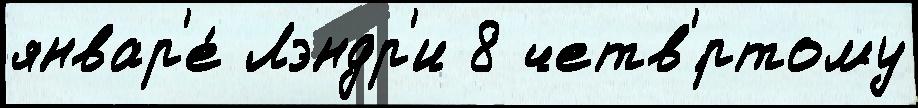
январ'е́ Лэндр'и 8 четв'́ртому